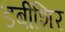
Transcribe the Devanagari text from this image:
डर्बीशिर